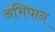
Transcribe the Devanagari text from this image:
अभिघान